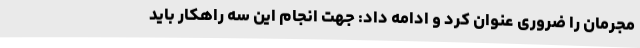
مجرمان را ضروری عنوان کرد و ادامه داد: جهت انجام این سه راهکار باید